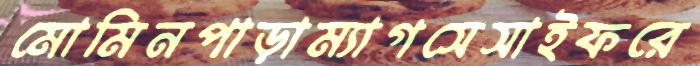
মোমিনপাড়াম্যাগসেসাইফরে